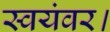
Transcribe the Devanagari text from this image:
स्वयंवर।